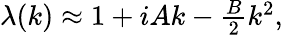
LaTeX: \begin{array}{r}{\lambda(k)\approx 1+iAk-\frac{B}{2}k^{2},}\end{array}